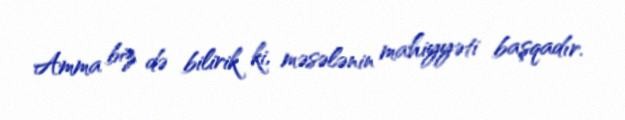
Amma biz də bilirik ki, məsələnin mahiyyəti başqadır.